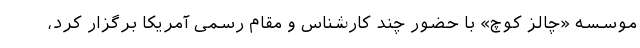
موسسه «چالز کوچ» با حضور چند کارشناس و مقام رسمی آمریکا برگزار کرد،